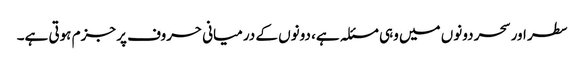
سطر اور سحر دونوں میں وہی مسئلہ ہے، دونوں کے درمیانی حروف پر جزم ہوتی ہے۔